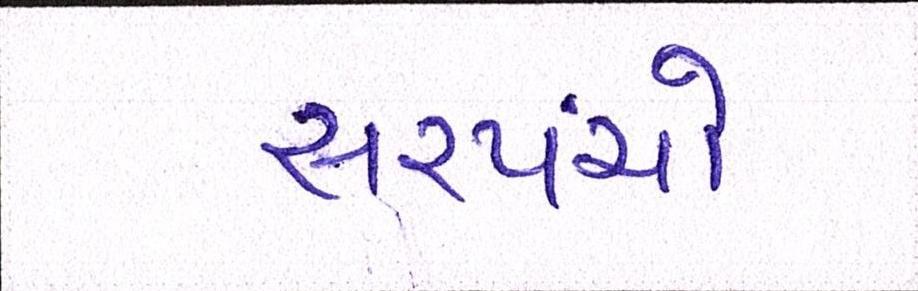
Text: સરપંચો